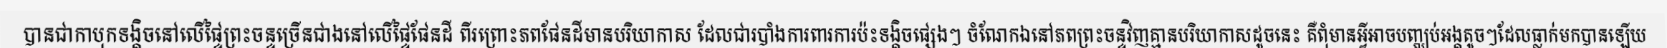
បានជាកាបុកទង្គិចនៅលើផ្ទៃព្រះចន្ទច្រើនជាងនៅលើផ្ទៃផែនដី ពីរព្រោះភពផែនដីមានបរិយាកាស ដែលជារបាំងការពារការប៉ះទង្គិចផ្សេងៗ ចំណែកឯនៅភពព្រះចន្ទវិញគ្មានបរិយាកាសដូចនេះ គឺពុំមានអ្វីអាចបញ្ឈប់អង្គតូចៗដែលធ្លាក់មកបានឡើយ